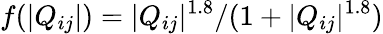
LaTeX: f(|Q_{ij}|)=|Q_{ij}|^{1.8}/(1+|Q_{ij}|^{1.8})